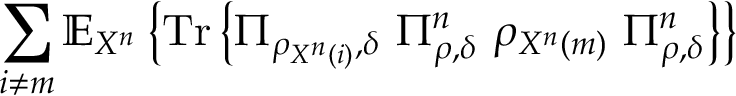
\sum _ { i \neq m } \mathbb { E } _ { X ^ { n } } \left\{ { \mathrm { T r } } \left\{ \Pi _ { \rho _ { X ^ { n } \left( i \right) } , \delta } \ \Pi _ { \rho , \delta } ^ { n } \ \rho _ { X ^ { n } \left( m \right) } \ \Pi _ { \rho , \delta } ^ { n } \right\} \right\}